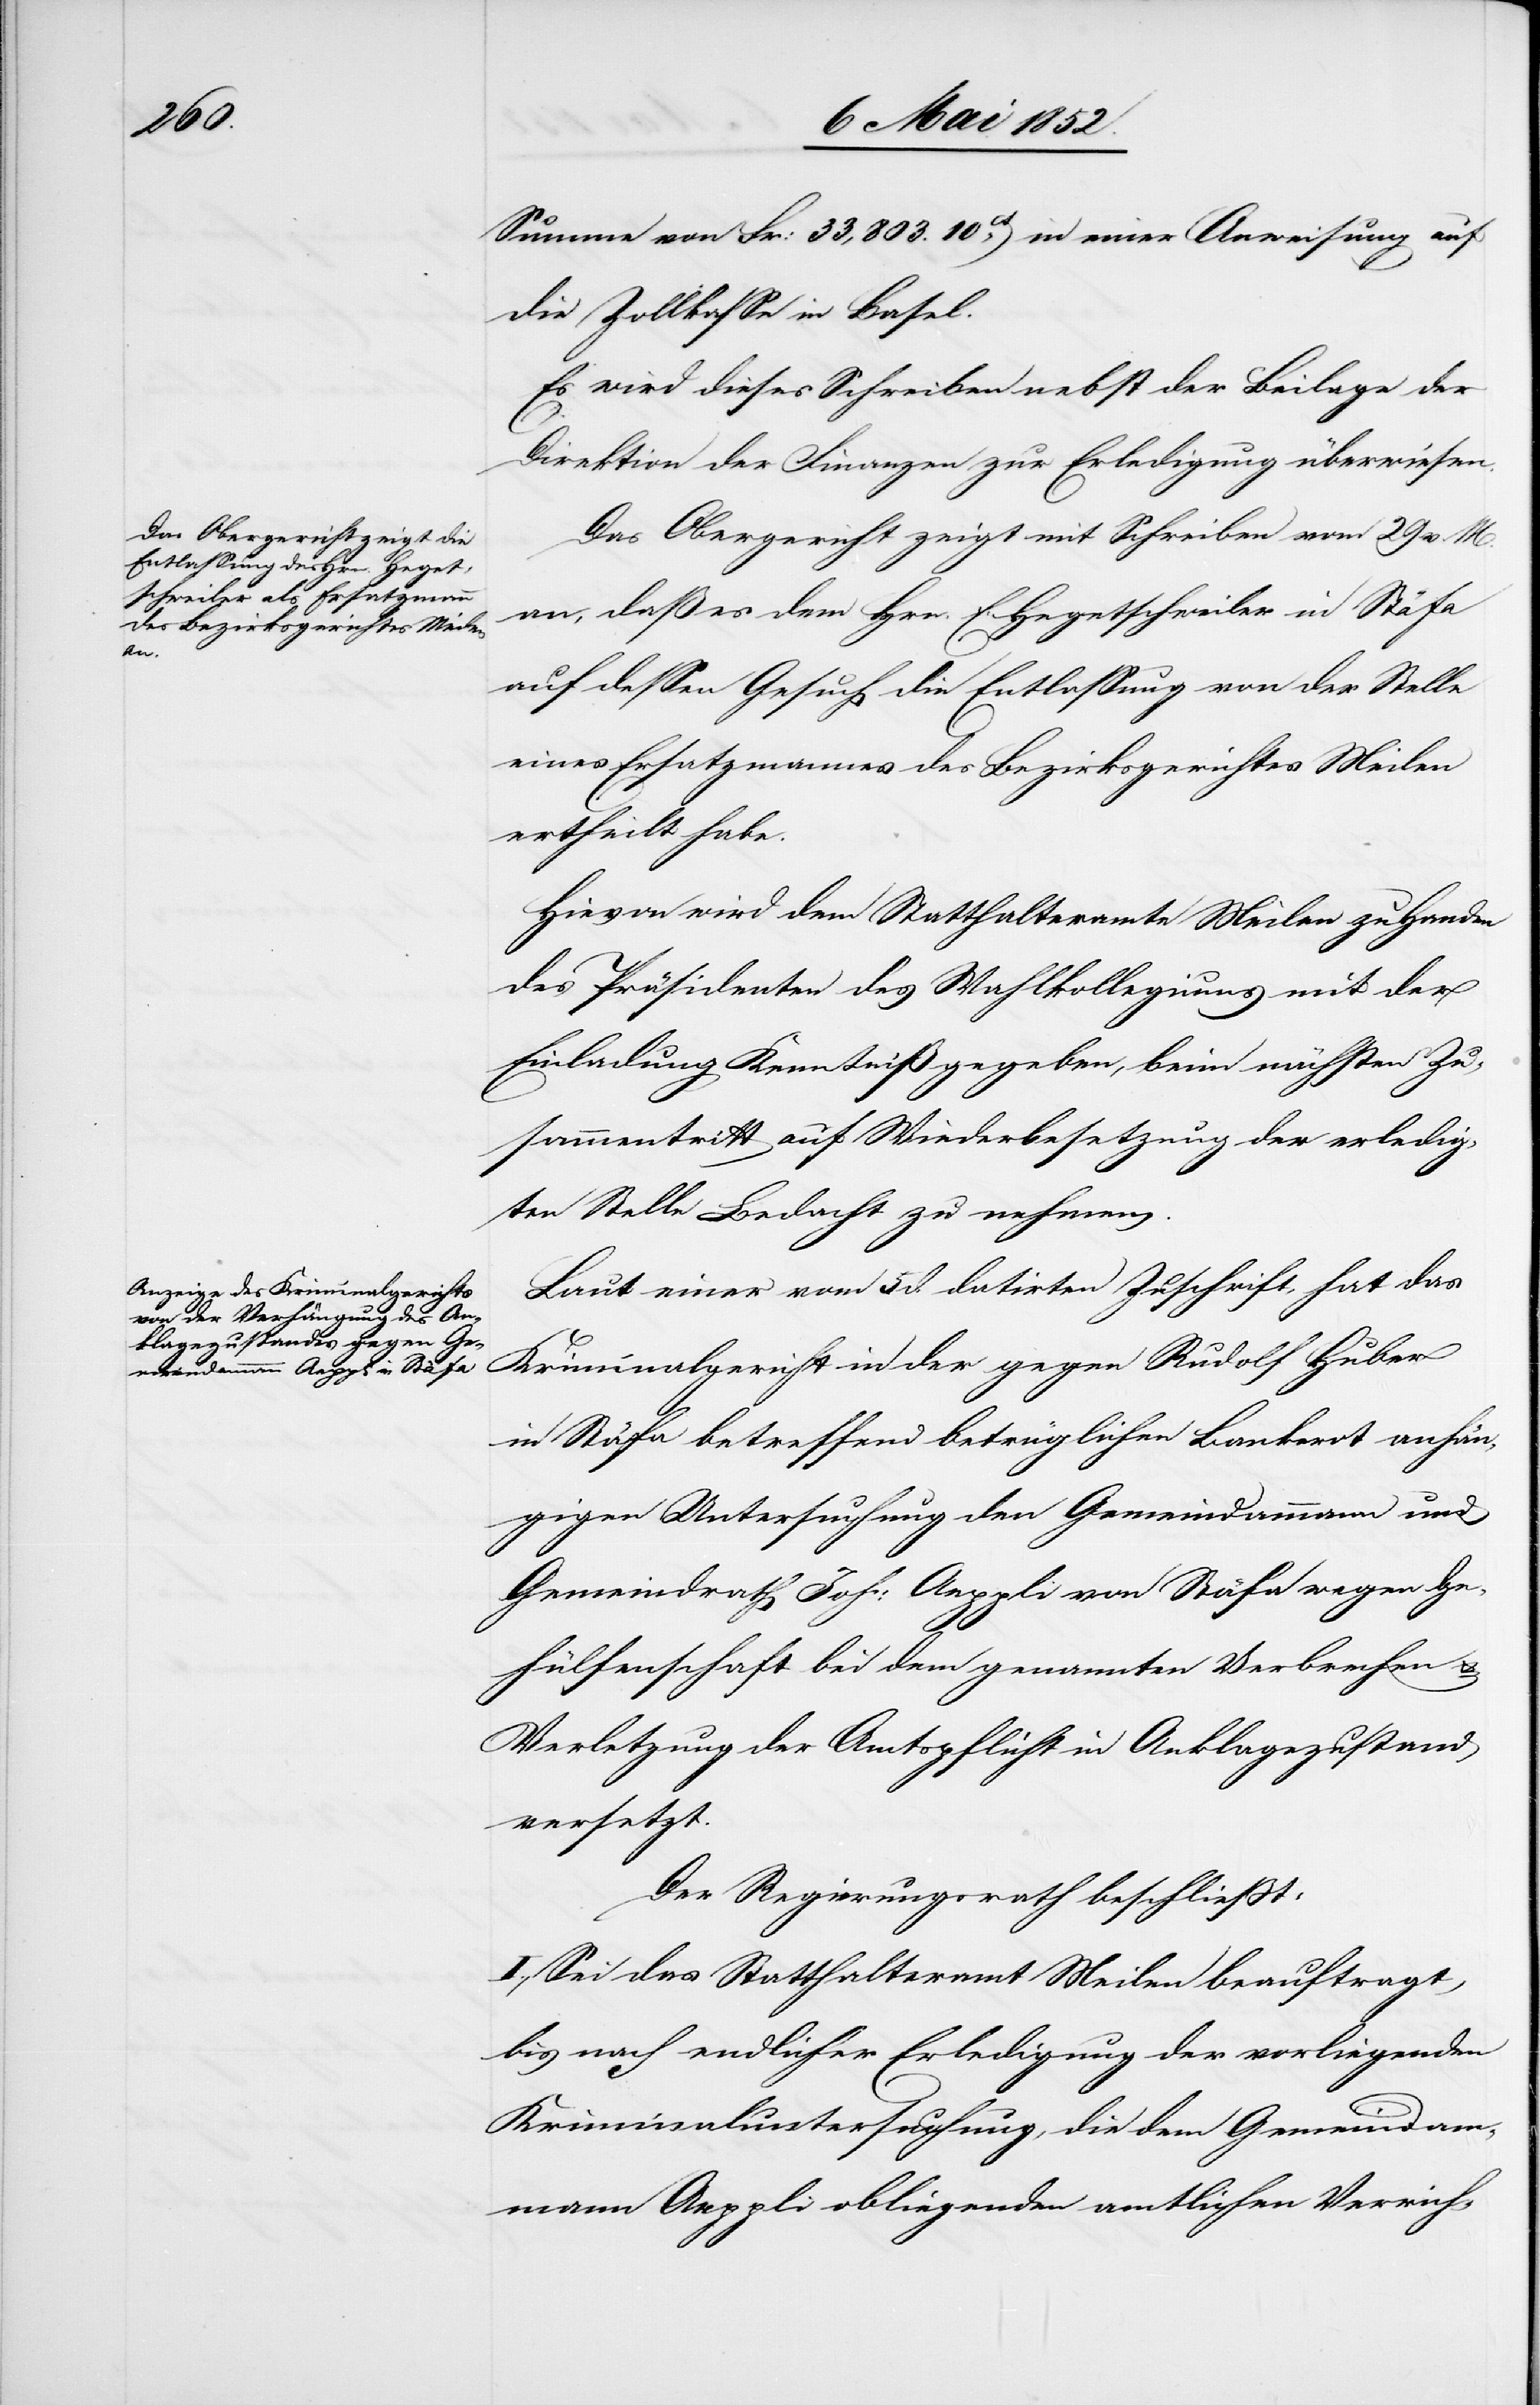
Summe von Fr: 33,803. 10ct. in einer Anweisung auf
die Zollkasse in Basel.
Es wird dieses Schreiben nebst der Beilage der
Direktion der Finanzen zur Erledigung überwiesen.
Das Obergericht zeigt mit Schreiben vom 29 v. M.
an, daß es dem Hrn. E. Hegetschweiler in Stäfa
auf dessen Gesuch die Entlassung von der Stelle
eines Ersatzmannes des Bezirksgerichtes Meilen
ertheilt habe.
Hievon wird dem Statthalteramte Meilen zu Handen
des Präsidenten des Wahlkollegiums mit der
Einladung Kenntniß gegeben, beim nächsten Zu¬
sammentritt auf Wiederbesetzung der erledig¬
ten Stelle Bedacht zu nehmen.
Laut einer vom 5 d. datirten Zuschrift, hat das
Kriminalgericht in der gegen Rudolf Huber
in Stäfa betreffend betrüglichen Bankerot anhän¬
gigen Untersuchung den Gemeindammann und
Gemeindrath Joh: Aeppli von Stäfa wegen Ge¬
hülfenschaft bei dem genannten Verbrechen &
Verletzung der Amtspflicht in Anklagezustand
versetzt.
Der Regierungsrath beschliesst:
I., Sei das Statthalteramt Meilen beauftragt,
bis nach endlicher Erledigung der vorliegenden
Kriminaluntersuchung, die dem Gemeindam¬
mann Aeppli obliegenden amtlichen Verrich-